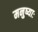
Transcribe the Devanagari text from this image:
मनुष्याः